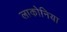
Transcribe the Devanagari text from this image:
लाकोनिया